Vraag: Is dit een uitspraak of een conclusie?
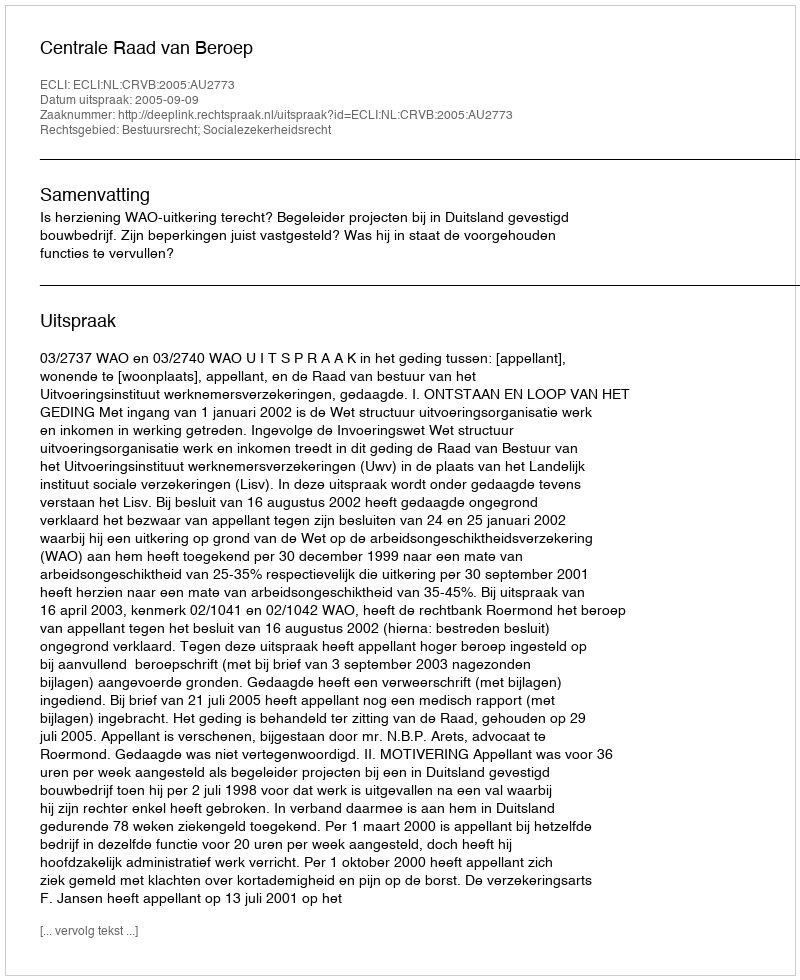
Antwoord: Uitspraak